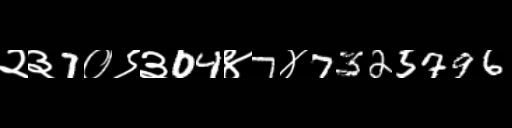
Text: २३7०९३04४7४7325796